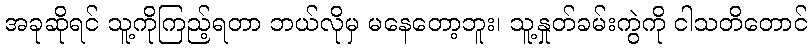
အခုဆိုရင် သူ့ကိုကြည့်ရတာ ဘယ်လိုမှ မနေတော့ဘူး၊ သူ့နှုတ်ခမ်းကွဲကို ငါသတိတောင်